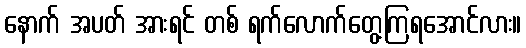
နောက် အပတ် အားရင် တစ် ရက်လောက်တွေ့ကြရအောင်လား။